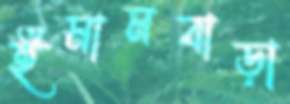
ইমামবাড়া